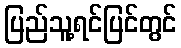
ပြည်သူ့ရင်ပြင်တွင်